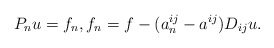
\begin{align*}P_n u=f_n,f_n=f-(a^{ij}_n-a^{ij})D_{ij}u.\end{align*}